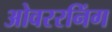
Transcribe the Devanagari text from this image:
ओवररनिंग